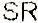
SR